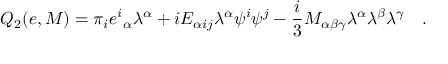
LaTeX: Q _ { 2 } ( e , M ) = \pi _ { i } { e ^ { i } } _ { \alpha } \lambda ^ { \alpha } + i E _ { \alpha i j } \lambda ^ { \alpha } \psi ^ { i } \psi ^ { j } - \frac { i } { 3 } M _ { \alpha \beta \gamma } \lambda ^ { \alpha } \lambda ^ { \beta } \lambda ^ { \gamma } \quad .